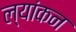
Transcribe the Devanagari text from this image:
ल्यांकन